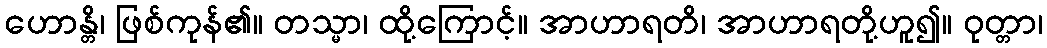
ဟောန္တိ၊ ဖြစ်ကုန်၏။ တသ္မာ၊ ထို့ကြောင့်။ အာဟာရတိ၊ အာဟာရတို့ဟူ၍။ ဝုတ္တာ၊